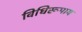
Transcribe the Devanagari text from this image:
विधिरूपाय